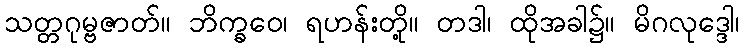
သတ္တဂုမ္ဗဇာတ်။ ဘိက္ခဝေ၊ ရဟန်းတို့။ တဒါ၊ ထိုအခါ၌။ မိဂလုဒ္ဒေါ၊